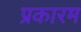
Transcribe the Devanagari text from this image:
प्रकारम